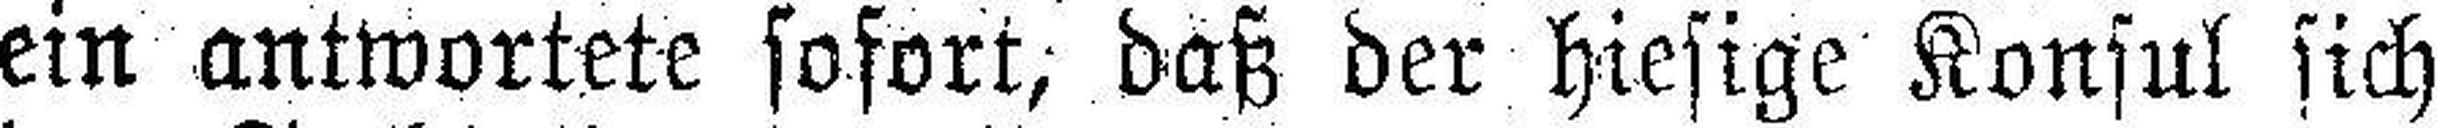
ein antwortete sofort, daß der hiesige Konsul sich